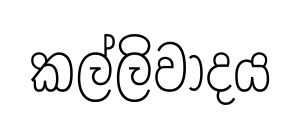
කල්ලිවාදය